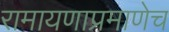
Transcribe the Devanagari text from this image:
रामायणाप्रमाणेच